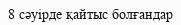
8 сәуірде қайтыс болғандар